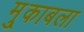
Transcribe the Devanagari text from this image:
मु्काबला